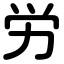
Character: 労